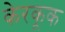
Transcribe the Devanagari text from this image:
केरकूक